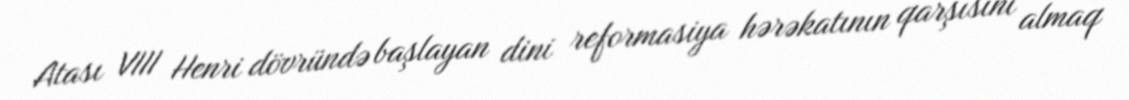
Atası VIII Henri dövründə başlayan dini reformasiya hərəkatının qarşısını almaq